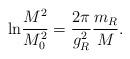
LaTeX: \begin{align*}{\rm ln}\frac{M^2}{M_0^2}=\frac{2\pi}{g_R^2}\frac{m_R}{M}.\end{align*}